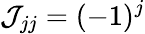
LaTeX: \mathcal{J}_{jj}=(-1)^{j}